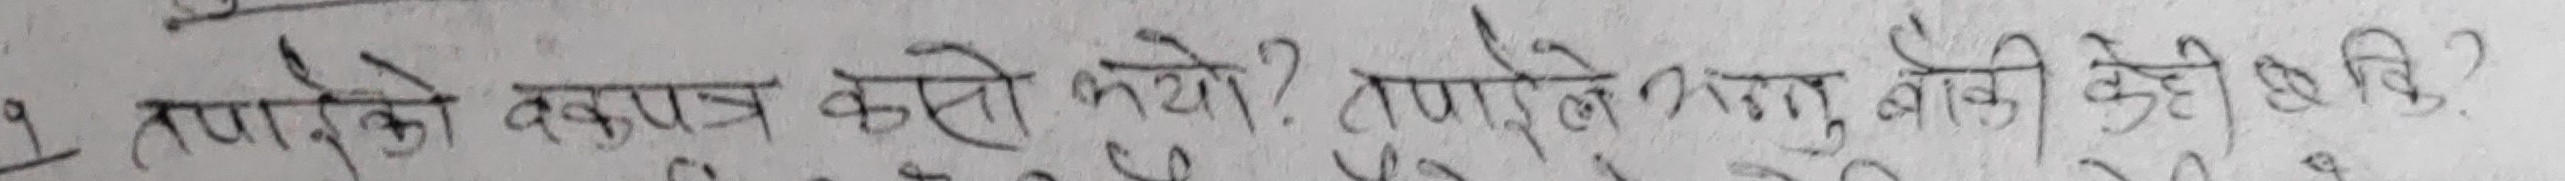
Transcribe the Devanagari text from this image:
२. तपाईंको क्वारेन्टिन कसरी भयो? तपाईंले मात्र, बाँकी केही छैन?